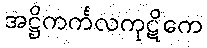
အဋ္ဌိကင်္ကလကုဋိကေ